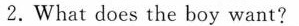
2.What does the boy want?